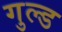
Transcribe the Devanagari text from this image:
गुल्ड